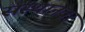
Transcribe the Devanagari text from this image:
संस्थानवर